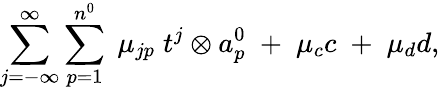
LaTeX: \sum_{j=-\infty}^{\infty}\sum_{p=1}^{n^{0}}\; \mu_{jp}\; t^{j}\otimes a_{p}^{0}\; +\; \mu_{c}c\; +\; \mu_{d}d,